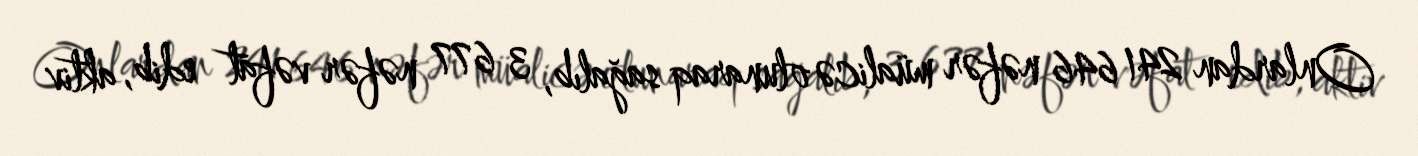
Onlardan 241 646 nəfər müalicə olunaraq sağalıb, 3 677 nəfər vəfat edib, aktiv